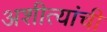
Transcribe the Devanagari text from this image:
अशीत्यांची